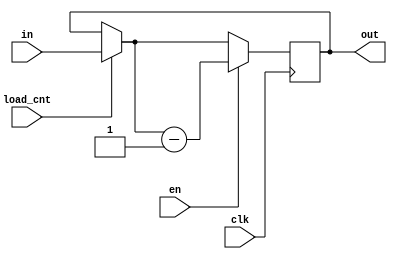
module CNT#(parameter DATA_WIDTH = 32)(
    input wire [DATA_WIDTH - 1:0] in,    
    input wire load_cnt, 
    input wire en, 
    input wire clk, 
    output reg [DATA_WIDTH -1:0] out);
    

    
    always@(posedge clk) begin
    	if(load_cnt) begin
        	out = in;
    	end 
    	if(en) begin
        	out = out - 1'b1;        
    	end
	end
endmodule